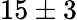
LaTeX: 15\pm 3